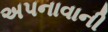
અપનાવાની